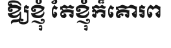
ឱ្យខ្ញុំ តែខ្ញុំក៏គោរព